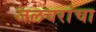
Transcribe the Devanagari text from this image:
जलचरांचा